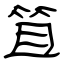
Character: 笪